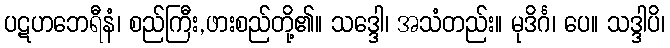
ပဋဟဘေရီနံ၊ စည်ကြီး,ဖားစည်တို့၏။ သဒ္ဒေါ၊ အသံတည်း။ မုဒိင်္ဂ၊ ပေ။ သဒ္ဒါပိ၊